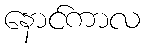
နောင်ကာလ